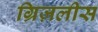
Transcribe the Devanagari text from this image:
ग्रिज़लीस